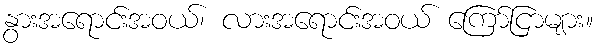
နွားအရောင်းအဝယ်၊ လားအရောင်းအဝယ် ကြော်ငြာများ။